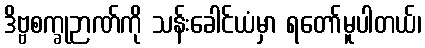
ဒိဗ္ဗစက္ခုဉာဏ်ကို သန်းခေါင်ယံမှာ ရတော်မူပါတယ်၊